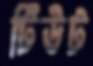
টিউট